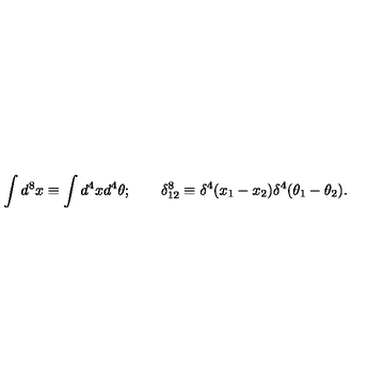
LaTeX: \int d ^ { 8 } x \equiv \int d ^ { 4 } x d ^ { 4 } \theta ; \qquad \delta _ { 1 2 } ^ { 8 } \equiv \delta ^ { 4 } ( x _ { 1 } - x _ { 2 } ) \delta ^ { 4 } ( \theta _ { 1 } - \theta _ { 2 } ) .